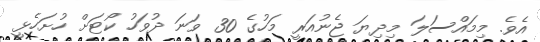
އެވެ. މިމައްސަލަ މިދިޔަ ޖެނުއަރީ މަހުގެ 30 ވަނަ ދުވަހު ކޯޓަށް ހުށަހެޅީ